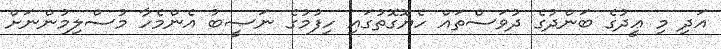
އަދި މި ޢީދުގެ ބަންދުގެ ދުވަސްތައް ހެޔޮގޮތުގައި ހިފުމުގެ ނަޞީބު އެންމެހާ މުސްލިމުންނަށް